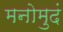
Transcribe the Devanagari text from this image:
मनोमुदं